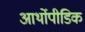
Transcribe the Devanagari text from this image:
आर्थोपीडिक